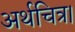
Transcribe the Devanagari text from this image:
अर्थचित्र।